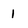
Character: 1